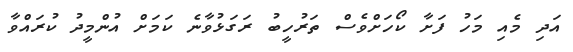
އަދި މެއި މަހު ފަށާ ކޯހަށްވެސް ތަރުހީބު ރަގަޅުވާނެ ކަމަށް އުންމީދު ކުރައްވާ